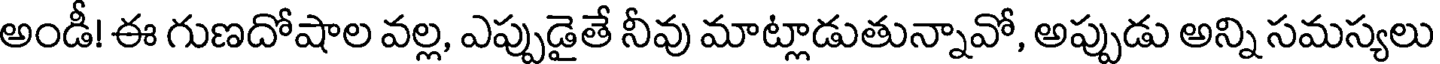
అండీ! ఈ గుణదోషాల వల్ల, ఎప్పుడైతే నీవు మాట్లాడుతున్నావో, అప్పుడు అన్ని సమస్యలు